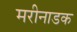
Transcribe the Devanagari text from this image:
मरीनाडक